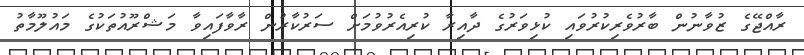
ރާއްޖޭގެ ޒުވާނުން ބާރުވެރިކުރުވައި ކުޅިވަރުގެ ދާއިރާ ކުރިއެރުވުމަށް ސަރުކާރުން ރާވާފައިވާ މަޝްރޫއުތަކުގެ މައުލޫމާތު